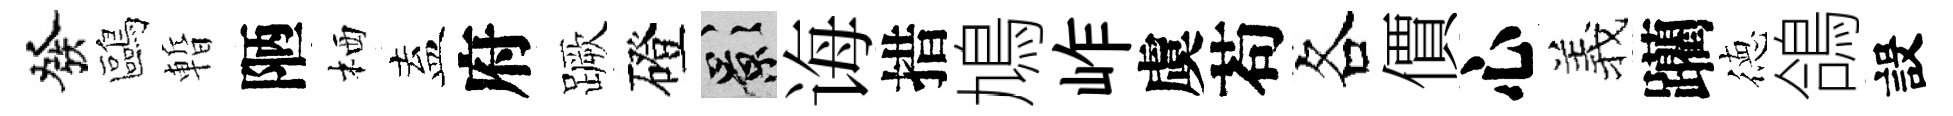
發鷗暫陋栖盍府蹶磴影诲措鳩岞虞苟各價心羲躪徳鴿設